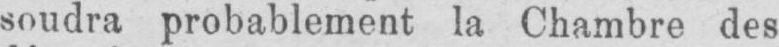
soudra probablement la Chambre des